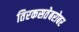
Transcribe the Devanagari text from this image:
तिरकसतेबरोबर